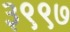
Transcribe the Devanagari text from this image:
३९९७